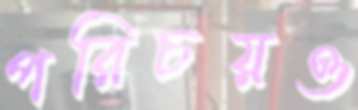
পরিচয়ও